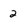
Character: 2